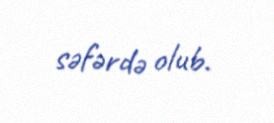
səfərdə olub.